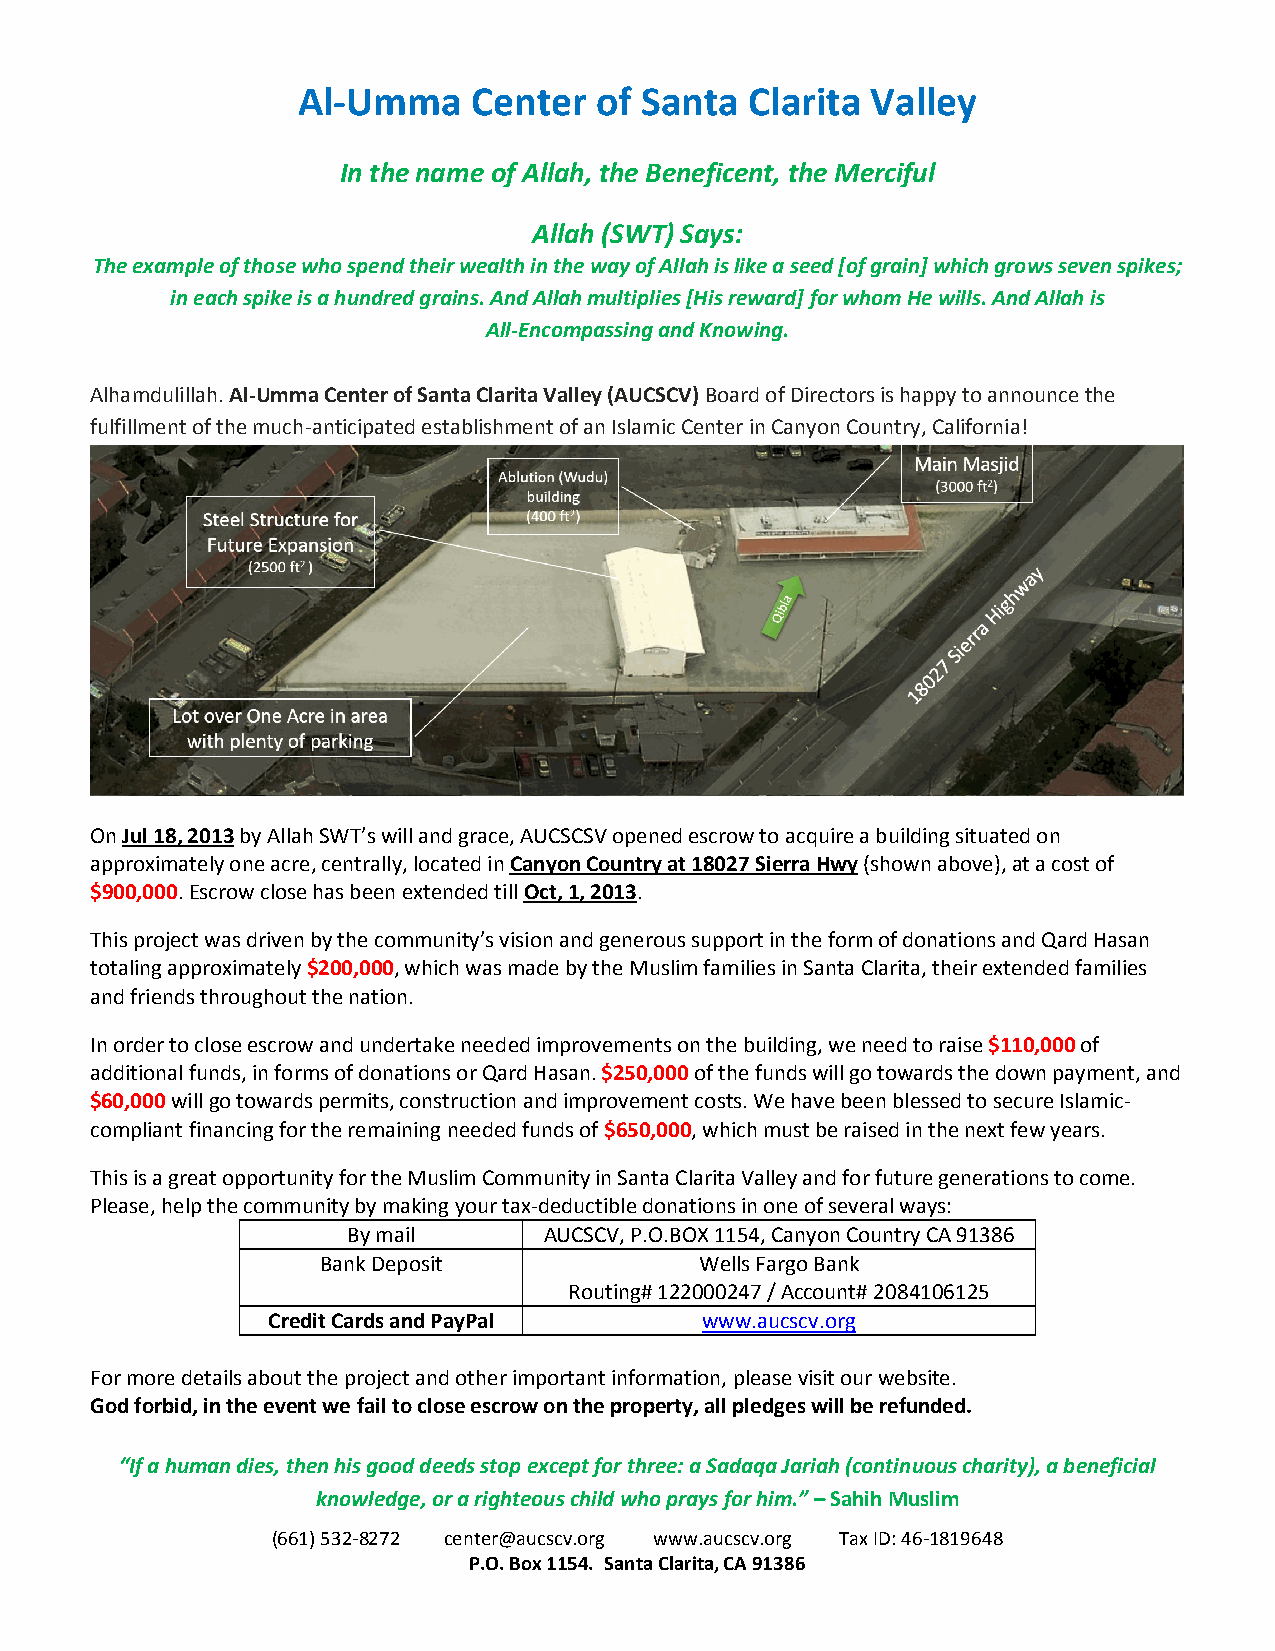
Al-Umma    Center  of Santa   Clarita Valley
 In the name of Allah, the Beneficent, the Merciful
 Allah (SWT) Says:
 The example of those who spend their wealth in the way of Allah is like a seed [of grain] which grows seven spikes;
 in each spike is a hundred grains. And Allah multiplies [His reward] for whom He wills. And Allah is
 All-Encompassing and Knowing.
 Alhamdulillah. Al-Umma Center of Santa Clarita Valley (AUCSCV) Board of Directors is happy to announce the
 fulfillment of the much-anticipated establishment of an Islamic Center in Canyon Country, California!
 On Jul 18, 2013 by Allah SWT’s will and grace, AUCSCSV opened escrow to acquire a building situated on
 approximately one acre, centrally, located in Canyon Country at 18027 Sierra Hwy (shown above), at a cost of
 $900,000. Escrow close has been extended till Oct, 1, 2013.
 This project was driven by the community’s vision and generous support in the form of donations and Qard Hasan
 totaling approximately $200,000, which was made by the Muslim families in Santa Clarita, their extended families
 and friends throughout the nation.
 In order to close escrow and undertake needed improvements on the building, we need to raise $110,000 of
 additional funds, in forms of donations or Qard Hasan. $250,000 of the funds will go towards the down payment, and
 $60,000 will go towards permits, construction and improvement costs. We have been blessed to secure Islamic-
 compliant financing for the remaining needed funds of $650,000, which must be raised in the next few years.
 This is a great opportunity for the Muslim Community in Santa Clarita Valley and for future generations to come.
 Please, help the community by making your tax-deductible donations in one of several ways:
 By mail      AUCSCV, P.O.BOX 1154, Canyon Country CA 91386
 Bank Deposit             Wells Fargo Bank
 Routing# 122000247 / Account# 2084106125
 Credit Cards and PayPal      www.aucscv.org
 For more details about the project and other important information, please visit our website.
 God forbid, in the event we fail to close escrow on the property, all pledges will be refunded.
 “If a human dies, then his good deeds stop except for three: a Sadaqa Jariah (continuous charity), a beneficial
 knowledge, or a righteous child who prays for him.” – Sahih Muslim
 (661) 532-8272 center@aucscv.org www.aucscv.org Tax ID: 46-1819648
 P.O. Box 1154. Santa Clarita, CA 91386